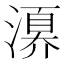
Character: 𣽀